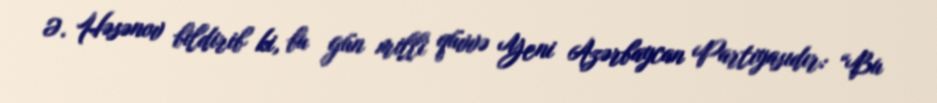
Ə. Həsənov bildirib ki, bu gün milli qüvvə Yeni Azərbaycan Partiyasıdır: “Bu